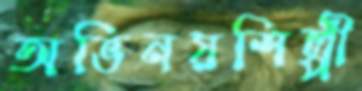
অভিনয়শিল্পী